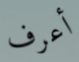
أعرف